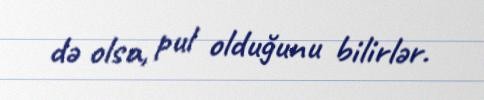
də olsa, pul olduğunu bilirlər.